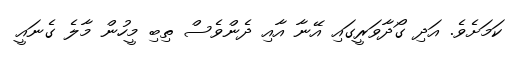
ކަަމަށެވެ. އަދި ގޯދާވަރީގައި އޭނާ އާއި ދެންވެސް ތިިބި މީހުން މާލެ ގެނައީ